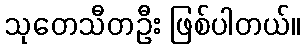
သုတေသီတဦး ဖြစ်ပါတယ်။